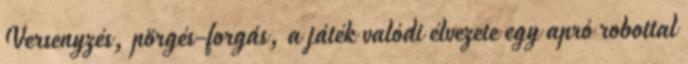
Versenyzés, pörgés-forgás, a játék valódi élvezete egy apró robottal